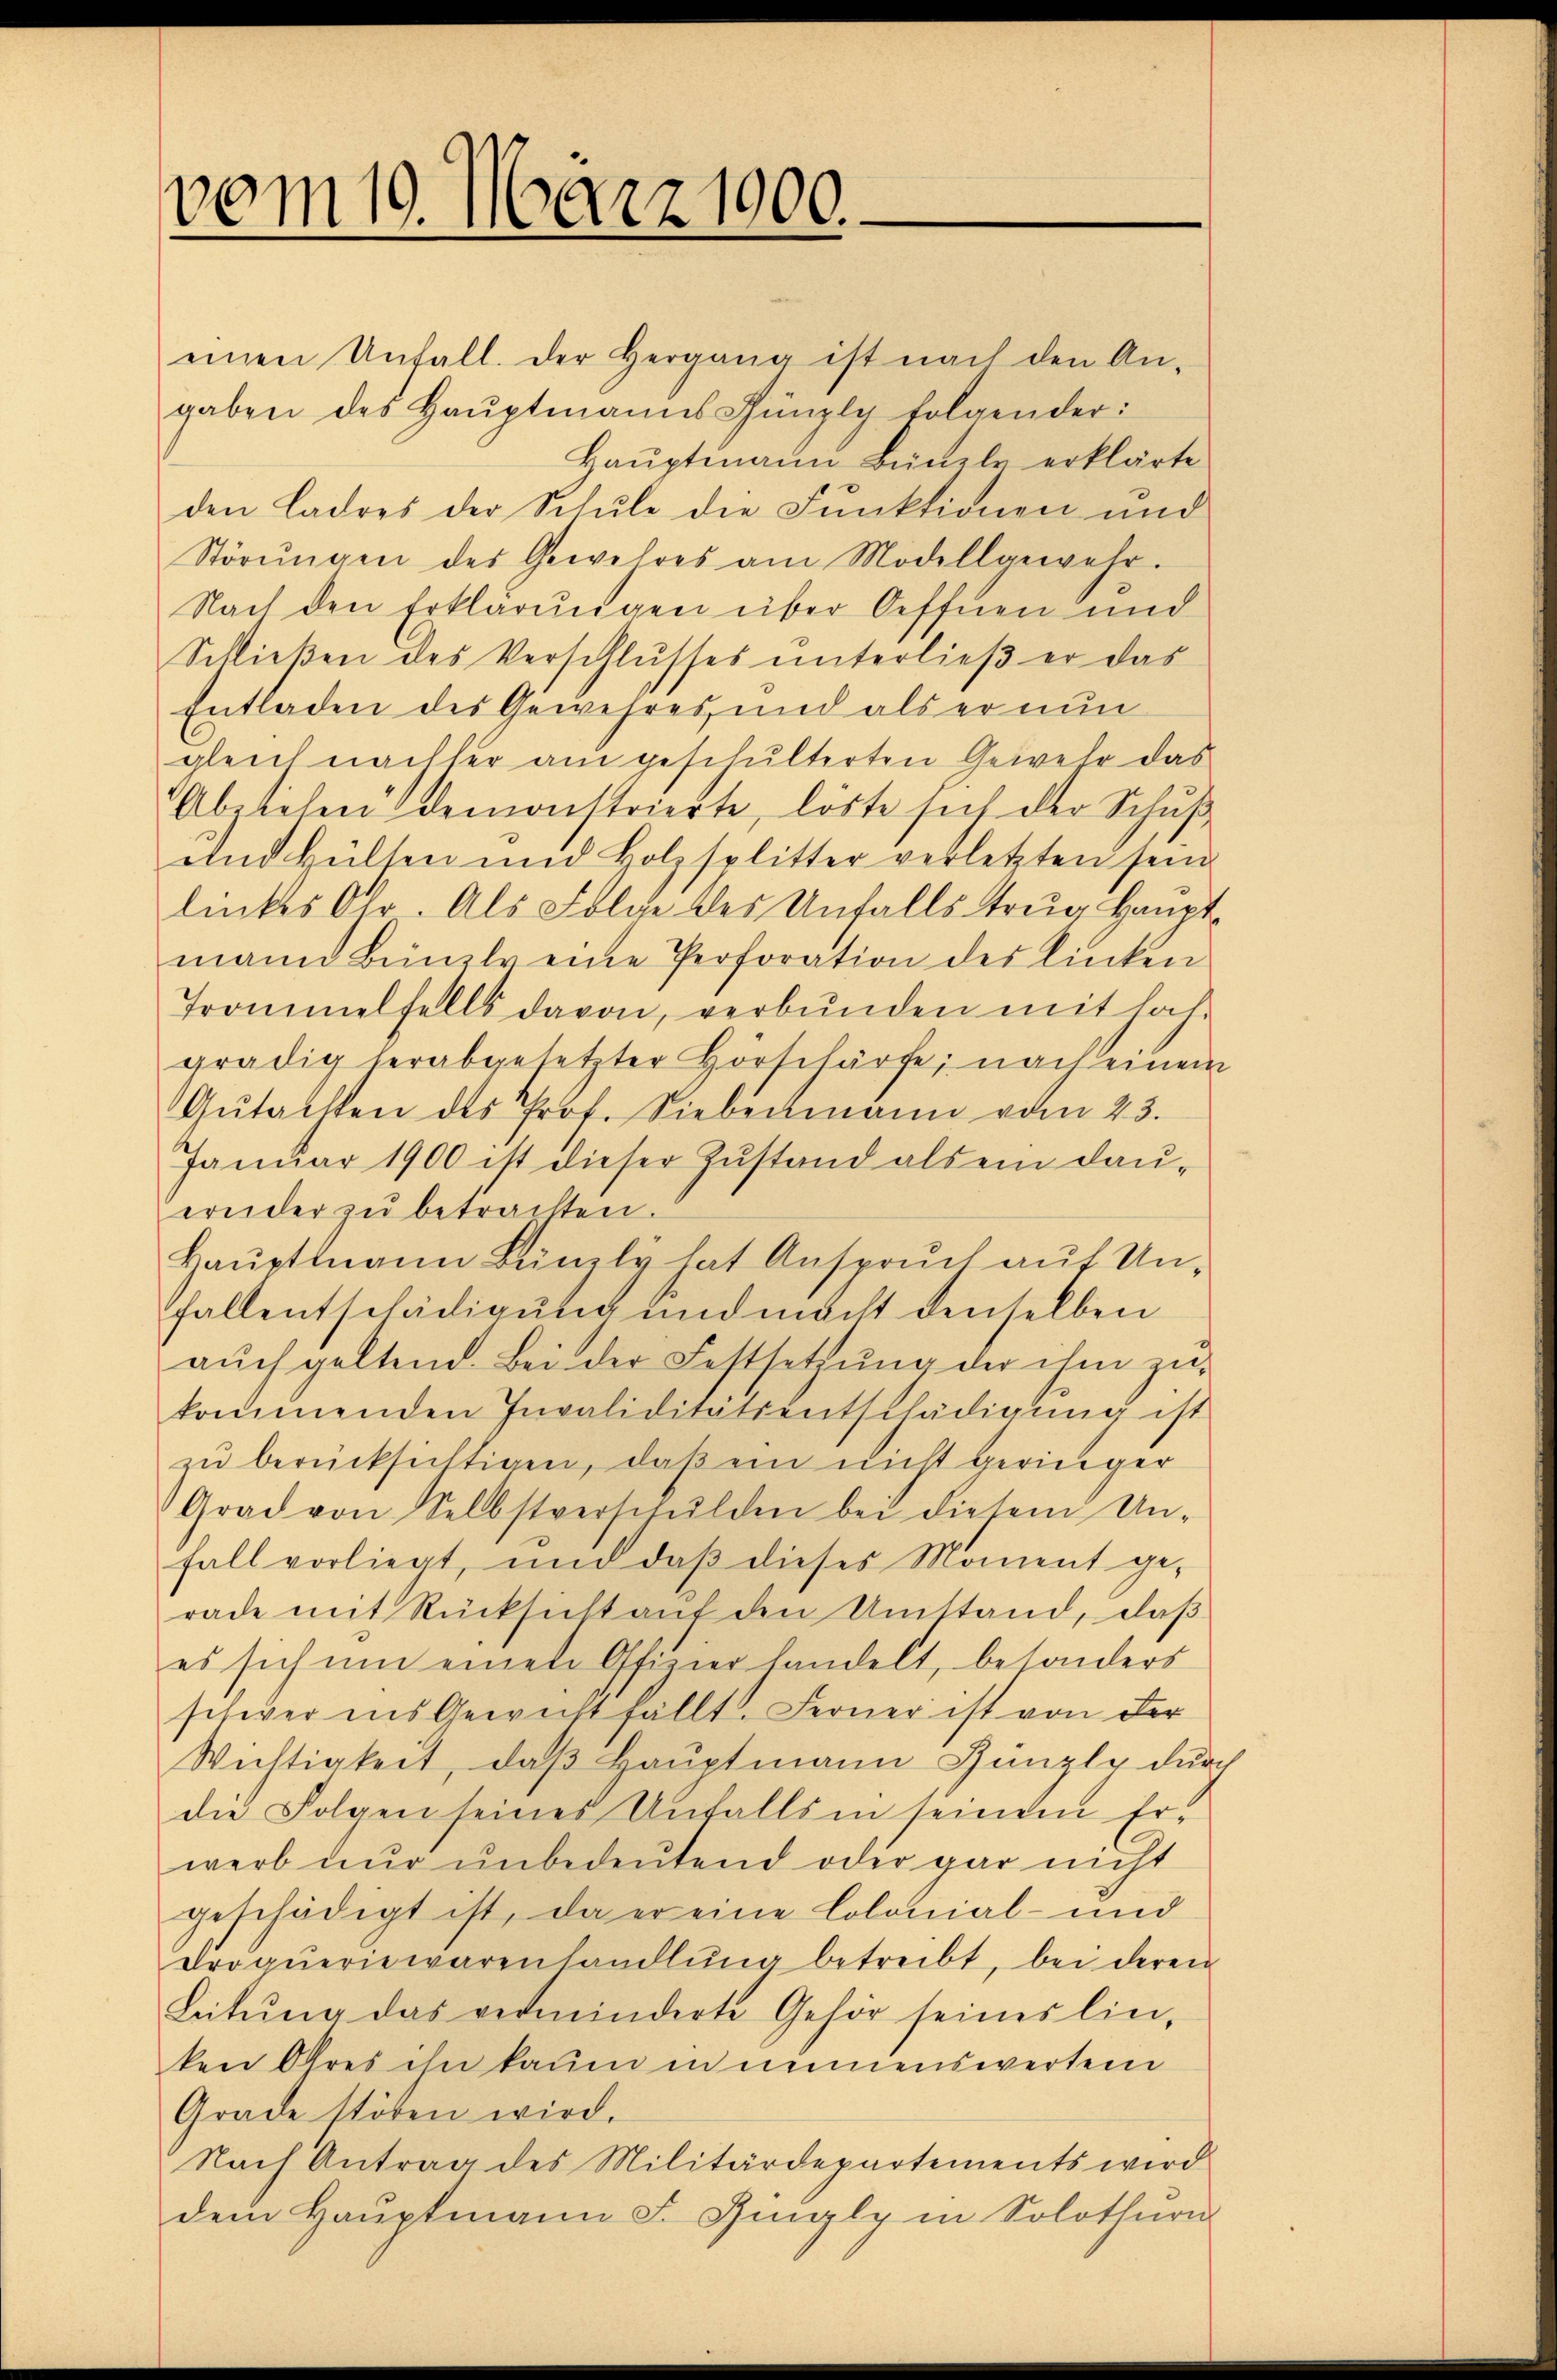
vom 10. März 1900.

einen Unfall. Der Hergana ist nach den An-
gaben des Hauptmanns Künzly folgender:
Haŭptmann Bünels erklärte
den Ladres der Schule die Funktionen und
Störŭngen des Gewehres am Modellgewehr.
Nach den Erklärungen über Oeffnen und
Schlieβen des Verschlŭsses ŭnterlieβ er das
Entladen des Gewehres und als er nun
gleich nachher am geschulterten Gewehr das
Abeliehen demonstrierte, löste sich der Schuß
und Hülten und Holzsplitter verletzten sein
linkes Ohr. Als Folge des Unfalls trug Hauptmann Bünzly eine Perforation des linken
Trommelfalls davon, verbunden mit hat-
grädig herabgesetzter Hörschärfe; nach einem
Gŭtachten des Prof. Siebenmann vom 23.
Januar 1900 ist dieser Zustand als ein dauernder zŭ betrachten.
Hauptmann Bünzly hat Anspruch auf Unfallentschädigung und macht denselben
aŭch geltend. Bei der Festsetzŭng der ihm zŭ-
kommenden Invaliditätsentschädigung ist
zŭ berücksichtigen, daβ ein nicht geringer
Grad von Selbstverschŭlden bei diesem Un-
fall vorliegt, und daβ dieses Moment ge-
rade mit Rücksicht auf den Umstand, daß
es sich um einen Ofizier handelt, besonders
schwer ins Gewicht fällt. Ferner ist von der
Wichtigkeit, daß Hauptmann Jüngli durc
die Folgen seines Unfalls in seinem Erwerb nur unbedeutend oder gar nicht
geschädigt ist, da er eine Colonial- und
Proqueriewarenhandlŭng betreibt, bei deren
Leitŭng das verminderte Gehör seines lin,
ken Ohres ihn kaum in nennenswerten
Grade stören wird.
Nach Antrag des Militärdepartements wird
dem Haŭptmann F. Gingly in Solothurn